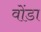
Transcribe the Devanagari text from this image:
वोंडा